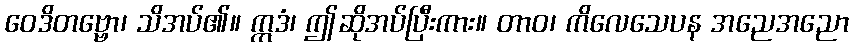
ဝေဒိတဗ္ဗော၊ သိအပ်၏။ ဣဒံ၊ ဤဆိုအပ်ပြီးကား။ တာဝ၊ ကိလေသေပန အညေအညော